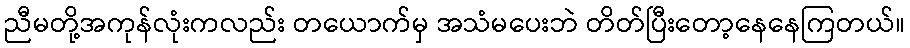
ညီမတို့အကုန်လုံးကလည်း တယောက်မှ အသံမပေးဘဲ တိတ်ပြီးတော့နေနေကြတယ်။